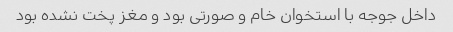
داخل جوجه با استخوان خام و صورتی بود و مغز پخت نشده بود